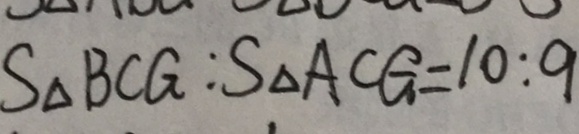
S _ { \Delta } B C G : S _ { \Delta } A C G = 1 0 : 9